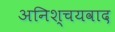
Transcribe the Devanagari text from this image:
अनिश्चयवाद